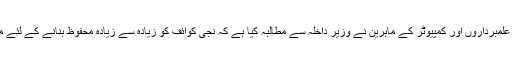
صارفین کے حقوق کے علمبرداروں اور کمپیوٹر کے ماہرین نے وزیر داخلہ سے مطالبہ کیا ہے کہ نجی کوائف کو زیادہ سے زیادہ محفوظ بنانے کے لئے مؤثر اقدامات کئے جائیں۔